Report of an investigation of the epidemic of malarial fever in Assam, or, kala-azar
Disease focus: Malaria
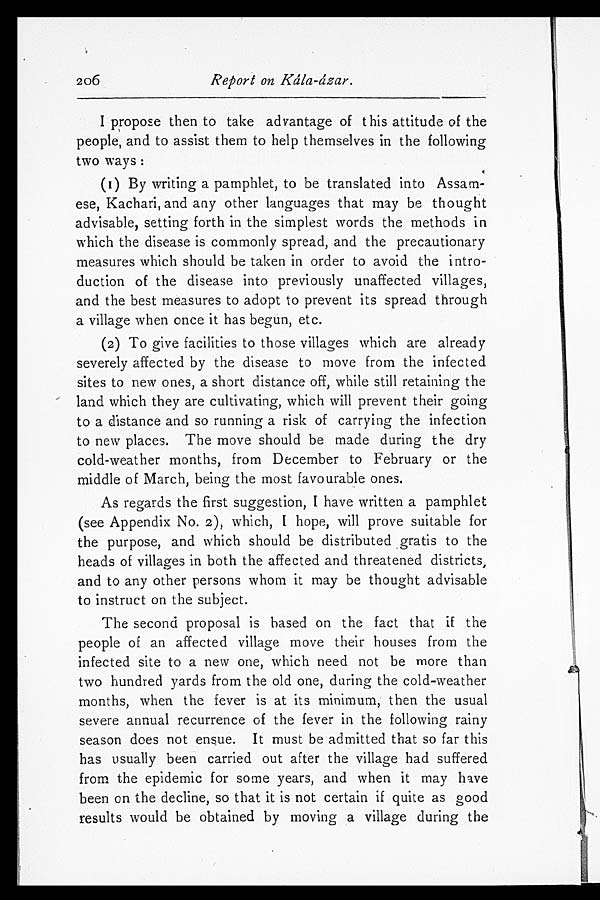
206
Report on Kála-ázar.
I propose then to take advantage of this attitude of the
people, and to assist them to help themselves in the following
two ways:
(1) By writing a pamphlet, to be translated into Assam-
ese, Kachari, and any other languages that may be thought
advisable, setting forth in the simplest words the methods in
which the disease is commonly spread, and the precautionary
measures which should be taken in order to avoid the intro-
duction of the disease into previously unaffected villages,
and the best measures to adopt to prevent its spread through
a village when once it has begun, etc.
(2) To give facilities to those villages which are already
severely affected by the disease to move from the infected
sites to new ones, a short distance off, while still retaining the
land which they are cultivating, which will prevent their going
to a distance and so running a risk of carrying the infection
to new places. The move should be made during the dry
cold-weather months, from December to February or the
middle of March, being the most favourable ones.
As regards the first suggestion, I have written a pamphlet
(see Appendix No. 2), which, I hope, will prove suitable for
the purpose, and which should be distributed gratis to the
heads of villages in both the affected and threatened districts,
and to any other persons whom it may be thought advisable
to instruct on the subject.
The second proposal is based on the fact that if the
people of an affected village move their houses from the
infected site to a new one, which need not be more than
two hundred yards from the old one, during the cold-weather
months, when the fever is at its minimum, then the usual
severe annual recurrence of the fever in the following rainy
season does not ensue. It must be admitted that so far this
has usually been carried out after the village had suffered
from the epidemic for some years, and when it may have
been on the decline, so that it is not certain if quite as good
results would be obtained by moving a village during the